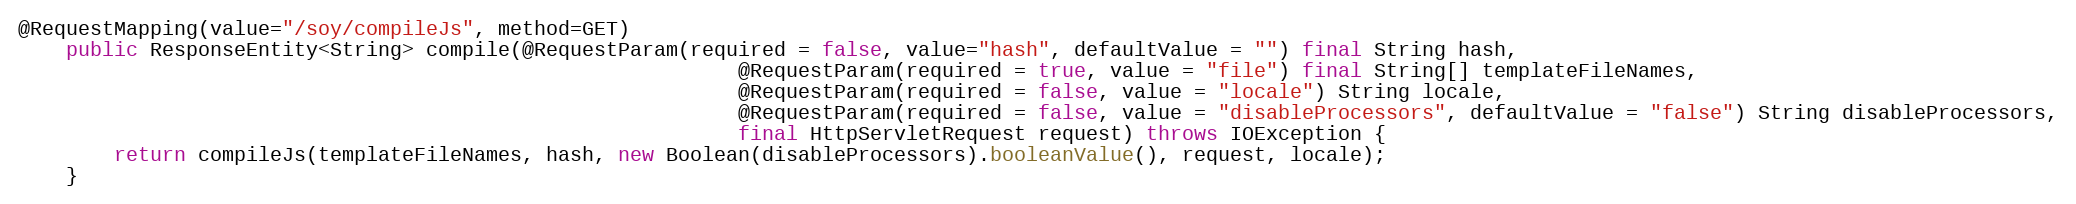
Language: Java
@RequestMapping(value="/soy/compileJs", method=GET)
    public ResponseEntity<String> compile(@RequestParam(required = false, value="hash", defaultValue = "") final String hash,
                                                            @RequestParam(required = true, value = "file") final String[] templateFileNames,
                                                            @RequestParam(required = false, value = "locale") String locale,
                                                            @RequestParam(required = false, value = "disableProcessors", defaultValue = "false") String disableProcessors,
                                                            final HttpServletRequest request) throws IOException {
        return compileJs(templateFileNames, hash, new Boolean(disableProcessors).booleanValue(), request, locale);
    }